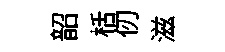
韶栝仞滋